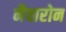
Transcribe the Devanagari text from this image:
नैवारोन